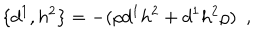
LaTeX: \{ d ^ { 1 } , h ^ { 2 } \} = - ( \rho d ^ { 1 } h ^ { 2 } + d ^ { 1 } h ^ { 2 } \rho ) \ \ ,